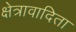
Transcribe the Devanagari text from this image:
क्षेत्रावादिता